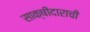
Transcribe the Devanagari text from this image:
साक्षीदाराची